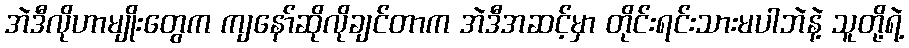
အဲဒီလိုဟာမျိုးတွေက ကျနော်ဆိုလိုချင်တာက အဲဒီအဆင့်မှာ တိုင်းရင်းသားမပါဘဲနဲ့ သူတို့ရဲ့